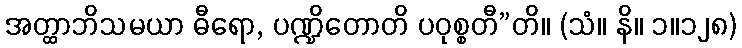
အတ္ထာဘိသမယာ ဓီရော, ပဏ္ဍိတောတိ ပဝုစ္စတီ”တိ။ (သံ။ နိ။ ၁။၁၂၈)